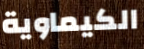
الكيماوية